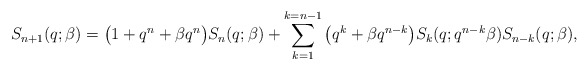
\begin{gather*}S_{n+1}(q;\beta)= \big(1+q^{n}+\beta q^{n}\big) S_n(q;\beta)+\sum_{k=1}^{k=n-1}\big(q^k+\beta q^{n-k}\big) S_{k}(q;q^{n-k} \beta) S_{n-k}(q;\beta),\end{gather*}